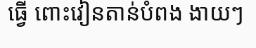
ធ្វើ ពោះវៀនតាន់បំពង ងាយៗ